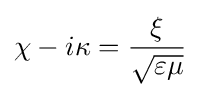
\chi -i\kappa ={\frac {\xi }{\sqrt {\varepsilon \mu }}}